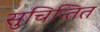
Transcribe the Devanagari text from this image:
सुचिन्तित